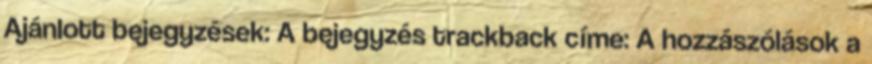
Ajánlott bejegyzések: A bejegyzés trackback címe: A hozzászólások a